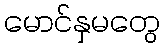
မောင်နှမတွေ